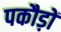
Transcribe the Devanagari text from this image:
पकौड़ों